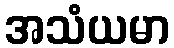
အသံယမာ